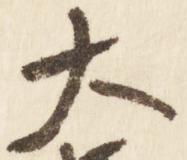
大